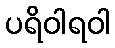
ပရိဝါရဝါ